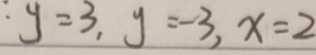
; y = 3 , y = - 3 , x = 2